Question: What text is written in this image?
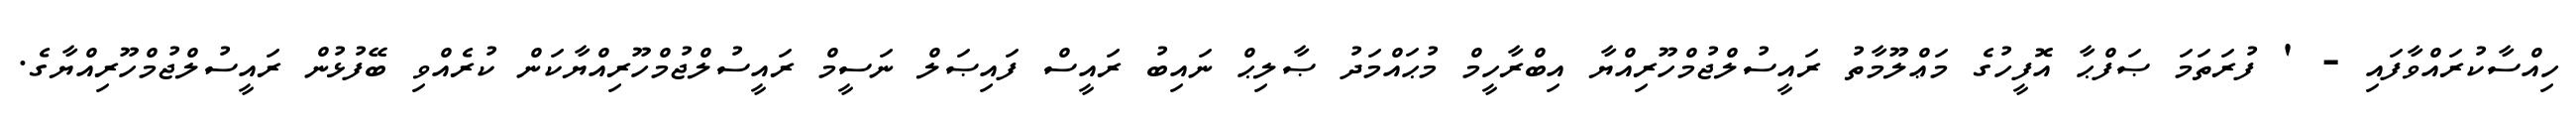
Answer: ހިއްސާކުރައްވާފައި - ' ފުރަތަމަ ޞަފްޙާ އޮފީހުގެ މަޢްލޫމާތު ރައީސުލްޖުމްހޫރިއްޔާ އިބްރާހީމް މުޙައްމަދު ޞާލިޙް ނައިބު ރައީސް ފައިޞަލް ނަސީމް ރައީސުލްޖުމްހޫރިއްޔާކަން ކުރެއްވި ބޭފުޅުން ރައީސުލްޖުމްހޫރިއްޔާގެ.